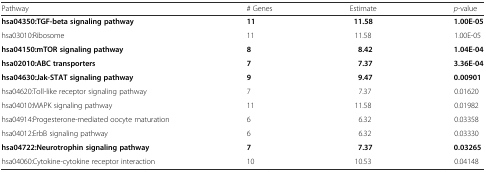
| Pathway | # Genes | Estimate | p-value |
 | --- | --- | --- | --- |
 | hsa04350:TGF-beta signaling pathway | 11 | 11.58 | 1.00E-05 |
 | hsa03010:Ribosome | 11 | 11.58 | 1.00E-05 |
 | hsa04150:mTOR signaling pathway | 8 | 8.42 | 1.04E-04 |
 | hsa02010:ABC transporters | 7 | 7.37 | 3.36E-04 |
 | hsa04630:Jak-STAT signaling pathway | 9 | 9.47 | 0.00901 |
 | hsa04620:Toll-like receptor signaling pathway | 7 | 7.37 | 0.01620 |
 | hsa04010:MAPK signaling pathway | 11 | 11.58 | 0.01982 |
 | hsa04914:Progesterone-mediated oocyte maturation | 6 | 6.32 | 0.03358 |
 | hsa04012:ErbB signaling pathway | 6 | 6.32 | 0.03330 |
 | hsa04722:Neurotrophin signaling pathway | 7 | 7.37 | 0.03265 |
 | hsa04060:Cytokine-cytokine receptor interaction | 10 | 10.53 | 0.04148 |